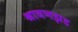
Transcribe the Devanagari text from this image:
श्रावणझड